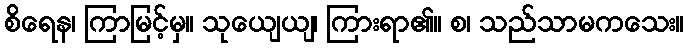
စိရေန၊ ကြာမြင့်မှ။ သုယျေယျ၊ ကြားရာ၏။ စ၊ သည်သာမကသေး။